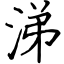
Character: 涕